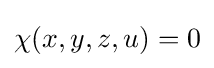
\chi (x,y,z,u)=0